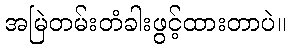
အမြဲတမ်းတံခါးဖွင့်ထားတာပဲ။